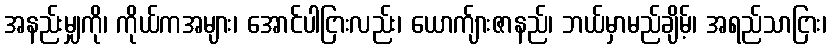
အနည်းမျှကို၊ ကိုယ်ကအများ၊ အောင်ပါငြားလည်း၊ ယောက်ျားဇာနည်၊ ဘယ်မှာမည်ချိမ့်၊ အရည်သာငြား၊